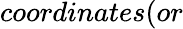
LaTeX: coordinates(or